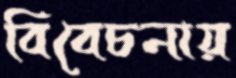
বিবেচনায়